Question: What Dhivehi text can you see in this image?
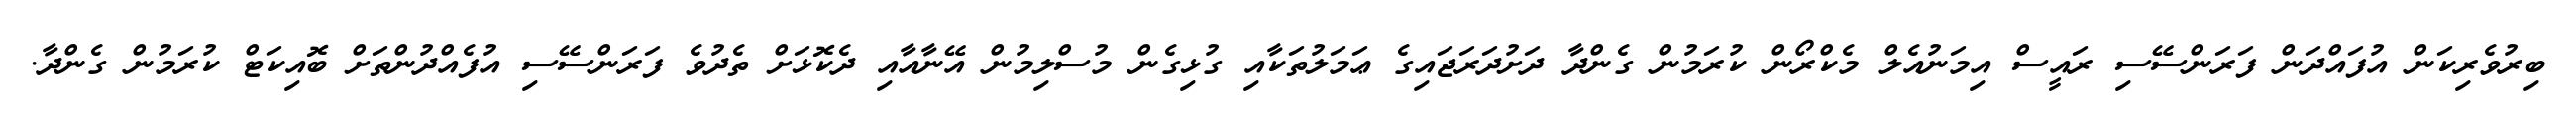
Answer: ބިރުވެރިކަން އުފައްދަން ފަރަންސޭސި ރައީސް އިމަނުއެލް މެކްރޯން ކުރަމުން ގެންދާ ދަށުދަރަޖައިގެ ޢަމަލުތަކާއި ގުޅިގެން މުސްލިމުން އޭނާއާއި ދެކޮޅަށް ތެދުވެ ފަރަންސޭސި އުފެއްދުންތަށް ބޮއިކަޓް ކުރަމުން ގެންދާ.